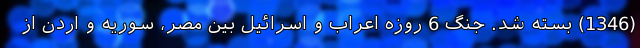
(1346) بسته شد. جنگ 6 روزه اعراب و اسرائیل بین مصر، سوریه و اردن از